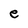
Character: e